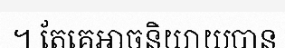
។ តែគេអាចនិយាយបាន